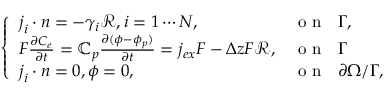
\left\{ \begin{array} { l l } { \boldsymbol { j } _ { i } \cdot \boldsymbol { n } = - \gamma _ { i } \mathcal { R } , i = 1 \cdots N , } & { \mathrm { ~ o ~ n ~ ~ ~ } \Gamma , } \\ { F \frac { \partial C _ { e } } { \partial t } = \mathbb { C } _ { p } \frac { \partial ( \phi - \phi _ { p } ) } { \partial t } = j _ { e x } F - \Delta z F \mathcal { R } , } & { \mathrm { ~ o ~ n ~ ~ ~ } \Gamma } \\ { \boldsymbol { j } _ { i } \cdot \boldsymbol { n } = 0 , \phi = 0 , } & { \mathrm { ~ o ~ n ~ ~ ~ } \partial \Omega / \Gamma , } \end{array} \right.